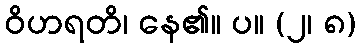
ဝိဟရတိ၊ နေ၏။ ပ။ (၂၊ ၈)